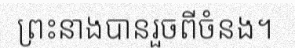
ព្រះនាងបានរួចពីចំនង។